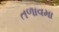
તળાવમા